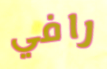
رافي